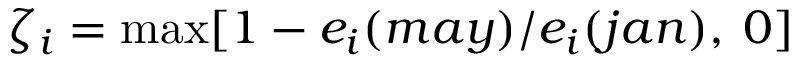
\zeta _ { i } = \operatorname* { m a x } [ 1 - e _ { i } ( m a y ) / e _ { i } ( j a n ) , \: 0 ]